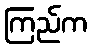
ကြည်က